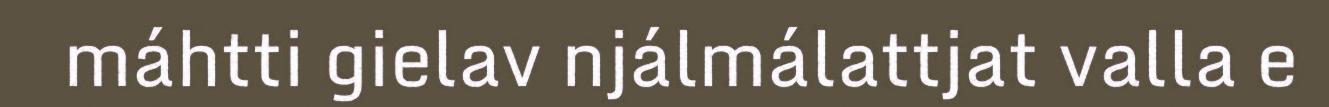
máhtti gielav njálmálattjat valla e